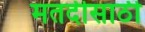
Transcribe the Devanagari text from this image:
मतदीसाठी